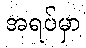
အရပ်မှာ